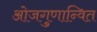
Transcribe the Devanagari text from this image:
ओजगुणान्वित